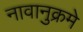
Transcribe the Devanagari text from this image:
नावानुक्रमे